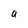
Character: a